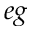
e g